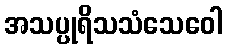
အသပ္ပုရိသသံသေဝေါ